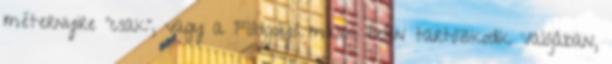
méternyire "csak", vagy a Földgolyó másik felén tartózkodik Valójában,